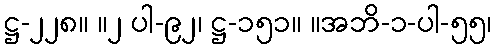
ဋ္ဌ-၂၂၈။ ။၂ ပါ-၉၂၊ ဋ္ဌ-၁၅၁။ ။အဘိ-၁-ပါ-၅၅၊